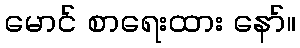
မောင် စာရေးထား နော်။